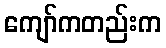
ကျော်ကတည်းက